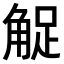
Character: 𧣫